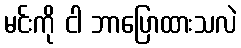
မင်းကို ငါ ဘာပြောထားသလဲ